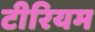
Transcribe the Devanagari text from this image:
टीरियम